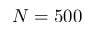
N = 5 0 0